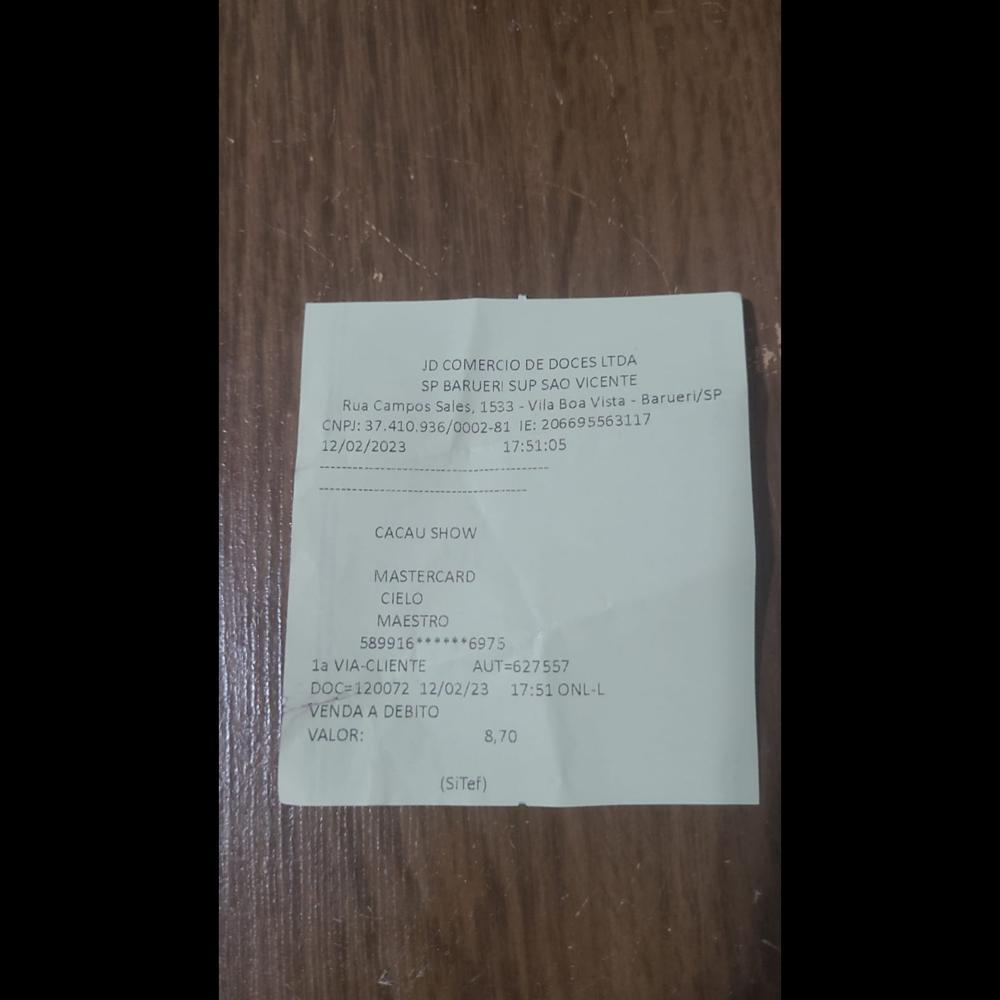
JD COMERCIO DE DOCES LTDA SP BARUERI SUP SAO VICENTE Rua Campos Sales, 1533-Vila BoaVista - Barueri/SP CNP:37.410336/0002-81 IE: 206695563117 12/02/2023 17:51:05 CACAU SHOW MASTERCARD CIELO MAESTRO 589916"***X6975 1a VIA-CLIENTE VENDA A DEBITO VALOR: AUT=627557 DOC=120072 12/02/23 17:510NL-L 8,70 (SiTef)